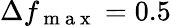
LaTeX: \Delta f_{\mathrm{~m~a~x~}}=0.5